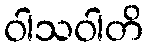
ဝါသဝါတိ